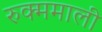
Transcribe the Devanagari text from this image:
रुक्ममाली